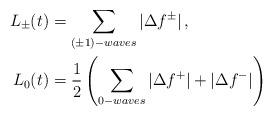
LaTeX: \begin{align*}L_{\pm}(t)&=\sum_{(\pm1)-waves} |\Delta f^\pm| \,, \\ L_0(t) &= \frac 12 \left(\sum_{0-waves} |\Delta f^+|+ |\Delta f^-| \right)\end{align*}